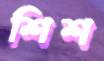
শিশ